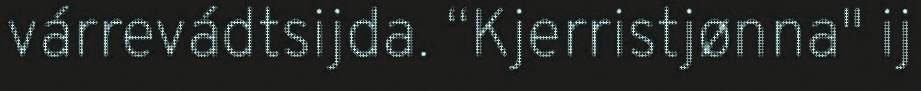
várrevádtsijda. “Kjerristjønna" ij